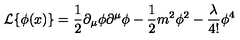
{ \cal L } \{ \phi ( x ) \} = \frac { 1 } { 2 } \partial _ { \mu } \phi \partial ^ { \mu } \phi - \frac { 1 } { 2 } m ^ { 2 } \phi ^ { 2 } - \frac { \lambda } { 4 ! } \phi ^ { 4 }